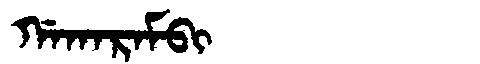
Manchu: ᡤᠠᡴᠠᡵᠠᠮᠪᡳ
Romanization: GAKARAMBI